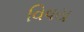
વિષય